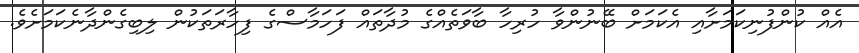
އެއް ކުންފުނިކަމަށާއި އެކަމަށް ބޭނުންވާ ހުރިހާ ބާވަތެއްގެ މުދާތައް ފަހަމާސްގެ ފިހާރަތަކުން ލިބިގެންދާނެކަމަށެވެ.